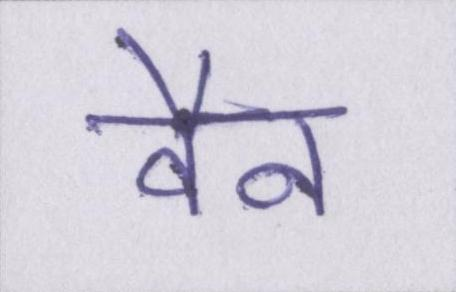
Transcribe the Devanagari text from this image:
वैन